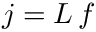
\begin{array} { r } { \boldsymbol { j } = \boldsymbol { L } \, \boldsymbol { f } } \end{array}